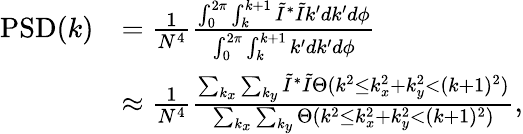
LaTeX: \begin{array}{rl}{\mathrm{PSD}(k)}&{=\frac{1}{N^{4}}\frac{\int_{0}^{2\pi}\int_{k}^{k+1}\tilde{I}^{*}\tilde{I}k^{\prime}dk^{\prime}d\phi}{\int_{0}^{2\pi}\int_{k}^{k+1}k^{\prime}dk^{\prime}d\phi}}\\ &{\approx\frac{1}{N^{4}}\frac{\sum_{k_{x}}\sum_{k_{y}}\tilde{I}^{*}\tilde{I}\Theta(k^{2}\leq k_{x}^{2}+k_{y}^{2}<(k+1)^{2})}{\sum_{k_{x}}\sum_{k_{y}}\Theta(k^{2}\leq k_{x}^{2}+k_{y}^{2}<(k+1)^{2})},}\end{array}